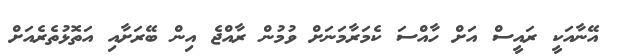
އޭނާއަކީ ރައީސް އަށް ހާއްސަ ކެމަރާމަނަށް ވުމުން ރާއްޖެ އިން ބޭރަށާއި އަތޮޅުތެރެއަށް